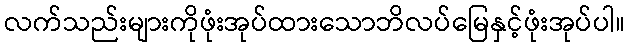
လက်သည်းများကိုဖုံးအုပ်ထားသောဘိလပ်မြေနှင့်ဖုံးအုပ်ပါ။